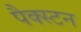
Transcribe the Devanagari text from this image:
पैक्स्टन